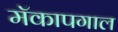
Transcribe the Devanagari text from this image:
मॅकापगाल